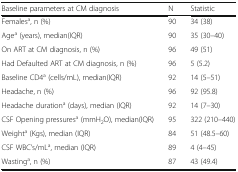
<table><thead><tr><td><b>Baseline parameters at CM diagnosis</b></td><td><b>N</b></td><td><b>Statistic</b></td></tr></thead><tbody><tr><td>Females<sup>a</sup>, n (%)</td><td>90</td><td>34 (38)</td></tr><tr><td>Age<sup>a</sup> (years), median(IQR)</td><td>90</td><td>35 (30–40)</td></tr><tr><td>On ART at CM diagnosis, n (%)</td><td>96</td><td>49 (51)</td></tr><tr><td>Had Defaulted ART at CM diagnosis, n (%)</td><td>96</td><td>5 (5.2)</td></tr><tr><td>Baseline CD4<sup>a</sup> (cells/mL), median(IQR)</td><td>92</td><td>14 (5–51)</td></tr><tr><td>Headache, n (%)</td><td>96</td><td>92 (95.8)</td></tr><tr><td>Headache duration<sup>a</sup> (days), median (IQR)</td><td>92</td><td>14 (7–30)</td></tr><tr><td>CSF Opening pressures<sup>a</sup> (mmH<sub>2</sub>O), median(IQR)</td><td>95</td><td>322 (210–440)</td></tr><tr><td>Weight<sup>a</sup> (Kgs), median (IQR)</td><td>84</td><td>51 (48.5–60)</td></tr><tr><td>CSF WBC’s/mL<sup>a</sup>, median (IQR)</td><td>89</td><td>4 (4–45)</td></tr><tr><td>Wasting<sup>a</sup>, n (%)</td><td>87</td><td>43 (49.4)</td></tr></tbody></table>